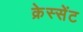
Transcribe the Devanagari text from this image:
क्रेस्सेंट